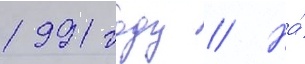
1991 году // На́